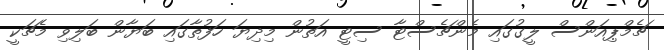
ޗެމްޕިއަންސް ލީގުގައި މެންޗެސްޓާ ސިޓީ އަތުން މިދިޔަ ހަފުތާގައި ބަޔާން ބަލިވި މެޗަކީ